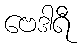
ဗေဒါရီ